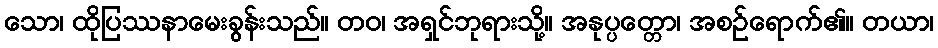
သော၊ ထိုပြဿနာမေးခွန်းသည်။ တဝ၊ အရှင်ဘုရားသို့။ အနုပ္ပတ္တော၊ အစဉ်ရောက်၏။ တယာ၊